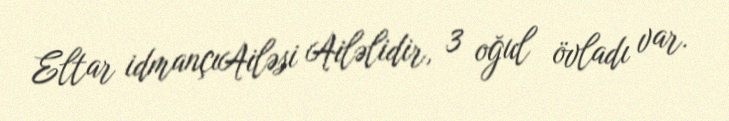
Eltar idmançıAiləsi Ailəlidir, 3 oğul övladı var.